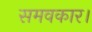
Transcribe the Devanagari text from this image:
समवकार।